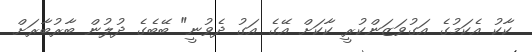
ކާކު އެކަމުގެ އަގުވަޒަންކުރީ ކާކަށް އޭގެ އަގު ދެވުނީ" ބޭބެގެ ދުލުން ބާރުބާރަށް